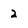
Character: 2